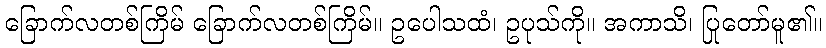
ခြောက်လတစ်ကြိမ် ခြောက်လတစ်ကြိမ်။ ဥပေါသထံ၊ ဥပုသ်ကို။ အကာသိ၊ ပြုတော်မူ၏။